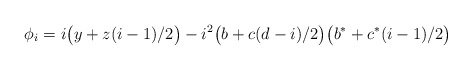
\begin{align*}\phi_i = i\big(y+z(i-1)/2\big) - i^2\big(b+c(d-i)/2\big)\big(b^*+c^*(i-1)/2\big)\end{align*}